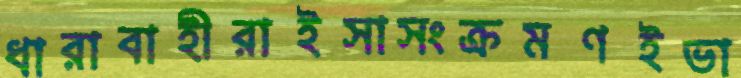
ধারাবাহীরাইসাসংক্রমণইভা